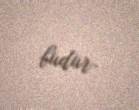
budur.